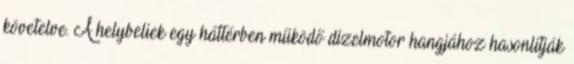
követelve. A helybeliek egy háttérben működő dízelmotor hangjához hasonlítják